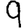
Digit: 9